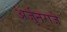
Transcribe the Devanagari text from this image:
अर्जुनराजे